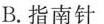
B.指南针